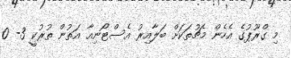
މި ގްރޫޕުގެ އެހެން މެޗުތަކަށް ބަލާއިރު އެސްޓޯނިއާ އަތުން ތުރުކީ 3- 0